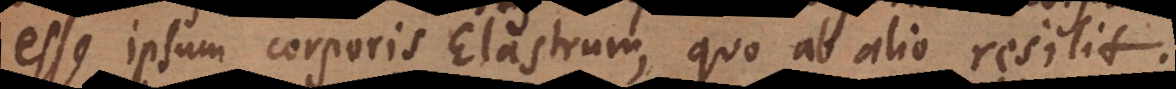
esse ipsum corporis Elastrum, quo ab alio resilit.